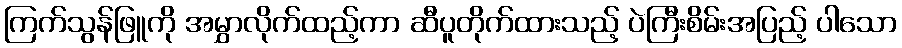
ကြက်သွန်ဖြူကို အမွှာလိုက်ထည့်ကာ ဆီပူတိုက်ထားသည့် ပဲကြီးစိမ်းအပြည့် ပါသော